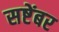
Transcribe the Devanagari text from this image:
सष्टेंबर